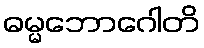
ဓမ္မဘောဂေါတိ